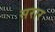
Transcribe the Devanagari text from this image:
सरार